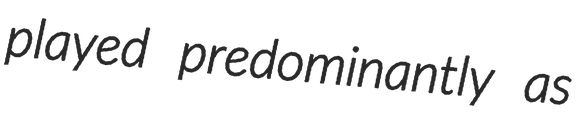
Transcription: played predominantly as